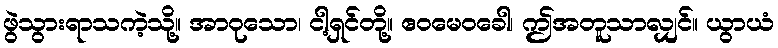
ဖွဲသွားရာသကဲ့သို့။ အာဝုသော၊ ငါ့ရှင်တို့။ ဧဝမေဝခေါ၊ ဤအတူသာလျှင်။ ယွာယံ